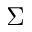
\Sigma